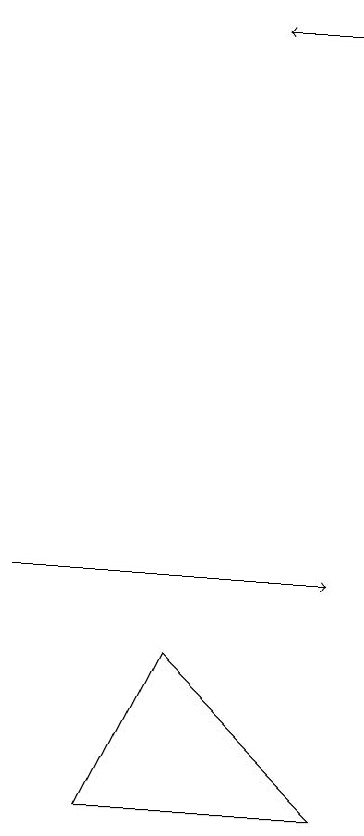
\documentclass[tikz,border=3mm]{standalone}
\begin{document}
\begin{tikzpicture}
\draw[->] (0,10) -- (4,10);
\draw[->] (4,17) -- (3,17);
\draw (1,7) -- (4,7) -- (2,9) -- cycle;
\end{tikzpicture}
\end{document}